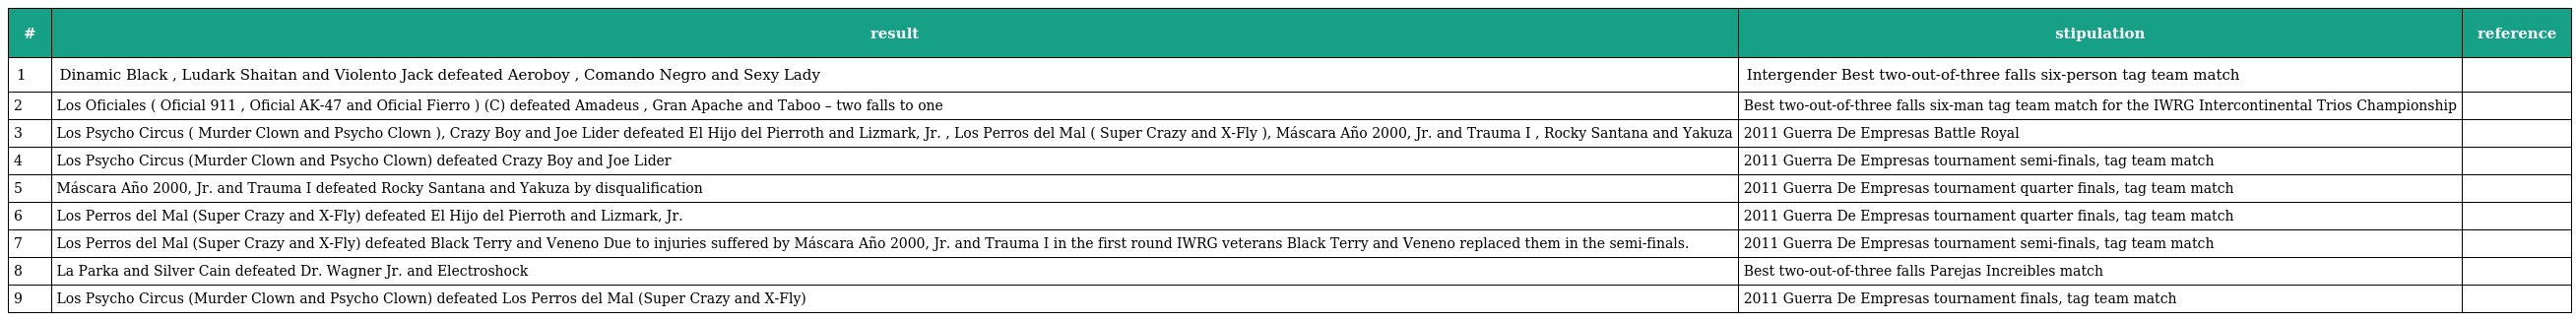
| # | result | stipulation | reference |
 | --- | --- | --- | --- |
 | 1 | Dinamic Black , Ludark Shaitan and Violento Jack defeated Aeroboy , Comando Negro and Sexy Lady | Intergender Best two-out-of-three falls six-person tag team match |  |
 | 2 | Los Oficiales ( Oficial 911 , Oficial AK-47 and Oficial Fierro ) (C) defeated Amadeus , Gran Apache and Taboo – two falls to one | Best two-out-of-three falls six-man tag team match for the IWRG Intercontinental Trios Championship |  |
 | 3 | Los Psycho Circus ( Murder Clown and Psycho Clown ), Crazy Boy and Joe Lider defeated El Hijo del Pierroth and Lizmark, Jr. , Los Perros del Mal ( Super Crazy and X-Fly ), Máscara Año 2000, Jr. and Trauma I , Rocky Santana and Yakuza | 2011 Guerra De Empresas Battle Royal |  |
 | 4 | Los Psycho Circus (Murder Clown and Psycho Clown) defeated Crazy Boy and Joe Lider | 2011 Guerra De Empresas tournament semi-finals, tag team match |  |
 | 5 | Máscara Año 2000, Jr. and Trauma I defeated Rocky Santana and Yakuza by disqualification | 2011 Guerra De Empresas tournament quarter finals, tag team match |  |
 | 6 | Los Perros del Mal (Super Crazy and X-Fly) defeated El Hijo del Pierroth and Lizmark, Jr. | 2011 Guerra De Empresas tournament quarter finals, tag team match |  |
 | 7 | Los Perros del Mal (Super Crazy and X-Fly) defeated Black Terry and Veneno Due to injuries suffered by Máscara Año 2000, Jr. and Trauma I in the first round IWRG veterans Black Terry and Veneno replaced them in the semi-finals. | 2011 Guerra De Empresas tournament semi-finals, tag team match |  |
 | 8 | La Parka and Silver Cain defeated Dr. Wagner Jr. and Electroshock | Best two-out-of-three falls Parejas Increibles match |  |
 | 9 | Los Psycho Circus (Murder Clown and Psycho Clown) defeated Los Perros del Mal (Super Crazy and X-Fly) | 2011 Guerra De Empresas tournament finals, tag team match |  |